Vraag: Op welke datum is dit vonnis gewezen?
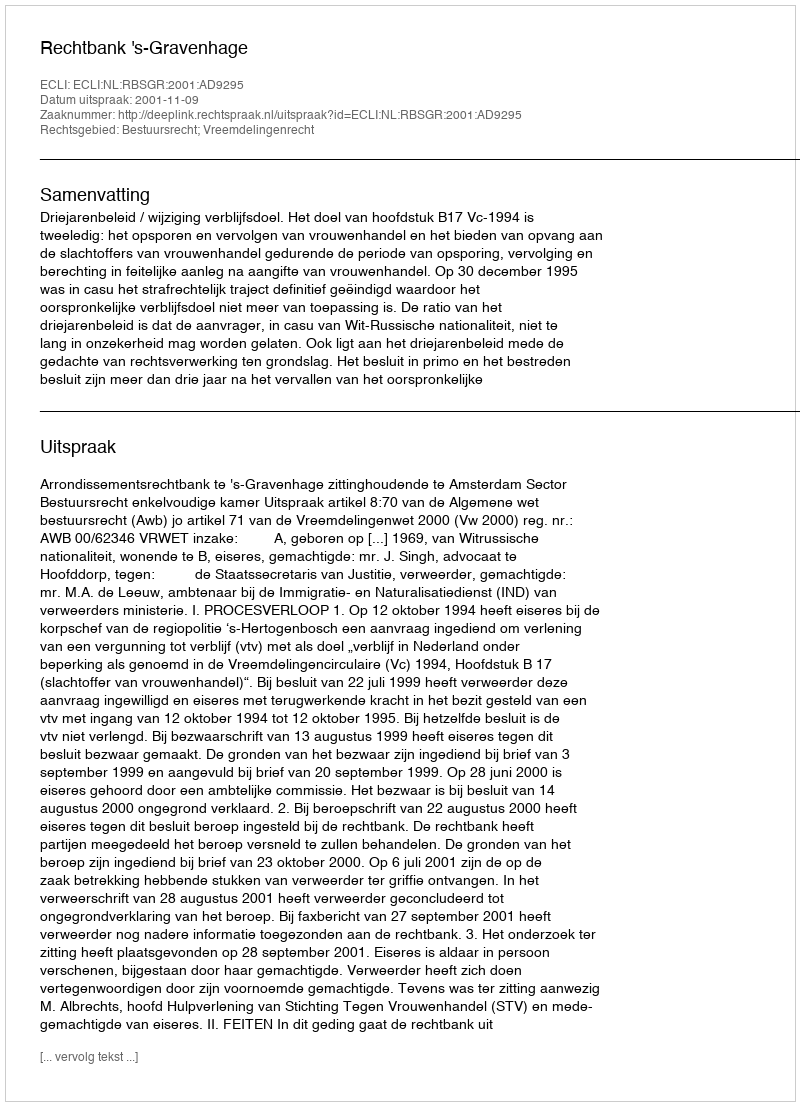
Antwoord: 2001-11-09